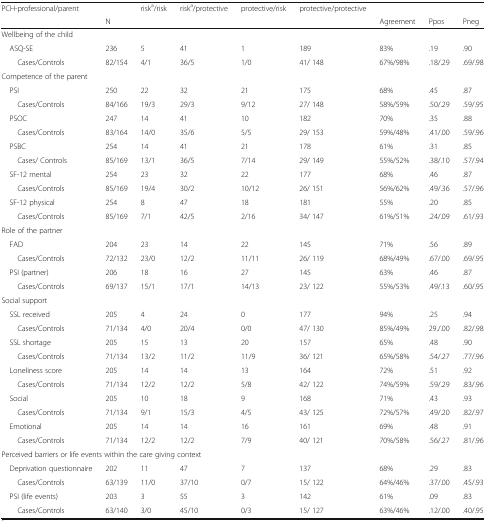
<table><thead><tr><td rowspan="2"><b>PCH-professional/parent</b></td><td></td><td><b>risk<sup>a</sup>/risk</b></td><td><b>risk<sup>a</sup>/protective</b></td><td><b>protective/risk</b></td><td><b>protective/protective</b></td><td></td><td></td><td></td></tr><tr><td><b>N</b></td><td></td><td></td><td></td><td></td><td><b>Agreement</b></td><td><b>Ppos</b></td><td><b>Pneg</b></td></tr></thead><tbody><tr><td colspan="9">Wellbeing of the child</td></tr><tr><td> ASQ-SE</td><td>236</td><td>5</td><td>41</td><td>1</td><td>189</td><td>83%</td><td>.19</td><td>.90</td></tr><tr><td>Cases/Controls</td><td>82/154</td><td>4/1</td><td>36/5</td><td>1/0</td><td>41/ 148</td><td>67%/98%</td><td>.18/.29</td><td>.69/.98</td></tr><tr><td>Competence of the parent</td><td></td><td></td><td></td><td></td><td></td><td></td><td></td><td></td></tr><tr><td> PSI</td><td>250</td><td>22</td><td>32</td><td>21</td><td>175</td><td>68%</td><td>.45</td><td>.87</td></tr><tr><td>Cases/Controls</td><td>84/166</td><td>19/3</td><td>29/3</td><td>9/12</td><td>27/ 148</td><td>58%/59%</td><td>.50/.29</td><td>.59/.95</td></tr><tr><td> PSOC</td><td>247</td><td>14</td><td>41</td><td>10</td><td>182</td><td>70%</td><td>.35</td><td>.88</td></tr><tr><td>Cases/Controls</td><td>83/164</td><td>14/0</td><td>35/6</td><td>5/5</td><td>29/ 153</td><td>59%/48%</td><td>.41/.00</td><td>.59/.96</td></tr><tr><td> PSBC</td><td>254</td><td>14</td><td>41</td><td>21</td><td>178</td><td>61%</td><td>.31</td><td>.85</td></tr><tr><td>Cases/ Controls</td><td>85/169</td><td>13/1</td><td>36/5</td><td>7/14</td><td>29/ 149</td><td>55%/52%</td><td>.38/.10</td><td>.57/.94</td></tr><tr><td> SF-12 mental</td><td>254</td><td>23</td><td>32</td><td>22</td><td>177</td><td>68%</td><td>.46</td><td>.87</td></tr><tr><td>Cases/Controls</td><td>85/169</td><td>19/4</td><td>30/2</td><td>10/12</td><td>26/ 151</td><td>56%/62%</td><td>.49/.36</td><td>.57/.96</td></tr><tr><td> SF-12 physical</td><td>254</td><td>8</td><td>47</td><td>18</td><td>181</td><td>55%</td><td>.20</td><td>.85</td></tr><tr><td>Cases/Controls</td><td>85/169</td><td>7/1</td><td>42/5</td><td>2/16</td><td>34/ 147</td><td>61%/51%</td><td>.24/.09</td><td>.61/.93</td></tr><tr><td colspan="9">Role of the partner</td></tr><tr><td> FAD</td><td>204</td><td>23</td><td>14</td><td>22</td><td>145</td><td>71%</td><td>.56</td><td>.89</td></tr><tr><td>Cases/Controls</td><td>72/132</td><td>23/0</td><td>12/2</td><td>11/11</td><td>26/ 119</td><td>68%/49%</td><td>.67/.00</td><td>.69/.95</td></tr><tr><td> PSI (partner)</td><td>206</td><td>18</td><td>16</td><td>27</td><td>145</td><td>63%</td><td>.46</td><td>.87</td></tr><tr><td>Cases/Controls</td><td>69/137</td><td>15/1</td><td>17/1</td><td>14/13</td><td>23/ 122</td><td>55%/53%</td><td>.49/.13</td><td>.60/.95</td></tr><tr><td colspan="9">Social support</td></tr><tr><td> SSL received</td><td>205</td><td>4</td><td>24</td><td>0</td><td>177</td><td>94%</td><td>.25</td><td>.94</td></tr><tr><td>Cases/Controls</td><td>71/134</td><td>4/0</td><td>20/4</td><td>0/0</td><td>47/ 130</td><td>85%/49%</td><td>29./.00</td><td>.82/.98</td></tr><tr><td> SSL shortage</td><td>205</td><td>15</td><td>13</td><td>20</td><td>157</td><td>65%</td><td>.48</td><td>.90</td></tr><tr><td>Cases/Controls</td><td>71/134</td><td>13/2</td><td>11/2</td><td>11/9</td><td>36/ 121</td><td>65%/58%</td><td>.54/.27</td><td>.77/.96</td></tr><tr><td> Loneliness score</td><td>205</td><td>14</td><td>14</td><td>13</td><td>164</td><td>72%</td><td>.51</td><td>.92</td></tr><tr><td>Cases/Controls</td><td>71/134</td><td>12/2</td><td>12/2</td><td>5/8</td><td>42/ 122</td><td>74%/59%</td><td>.59/.29</td><td>.83/.96</td></tr><tr><td> Social</td><td>205</td><td>10</td><td>18</td><td>9</td><td>168</td><td>71%</td><td>.43</td><td>.93</td></tr><tr><td>Cases/Controls</td><td>71/134</td><td>9/1</td><td>15/3</td><td>4/5</td><td>43/ 125</td><td>72%/57%</td><td>.49/.20</td><td>.82/.97</td></tr><tr><td> Emotional</td><td>205</td><td>14</td><td>14</td><td>16</td><td>161</td><td>69%</td><td>.48</td><td>.91</td></tr><tr><td>Cases/Controls</td><td>71/134</td><td>12/2</td><td>12/2</td><td>7/9</td><td>40/ 121</td><td>70%/58%</td><td>.56/.27</td><td>.81/.96</td></tr><tr><td colspan="9">Perceived barriers or life events within the care giving context</td></tr><tr><td> Deprivation questionnaire</td><td>202</td><td>11</td><td>47</td><td>7</td><td>137</td><td>68%</td><td>.29</td><td>.83</td></tr><tr><td>Cases/Controls</td><td>63/139</td><td>11/0</td><td>37/10</td><td>0/7</td><td>15/ 122</td><td>64%/46%</td><td>.37/.00</td><td>.45/.93</td></tr><tr><td> PSI (life events)</td><td>203</td><td>3</td><td>55</td><td>3</td><td>142</td><td>61%</td><td>.09</td><td>.83</td></tr><tr><td>Cases/Controls</td><td>63/140</td><td>3/0</td><td>45/10</td><td>0/3</td><td>15/ 127</td><td>63%/46%</td><td>.12/.00</td><td>.40/.95</td></tr></tbody></table>